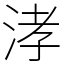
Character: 涍